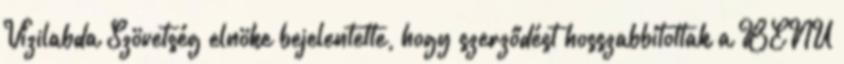
Vízilabda Szövetség elnöke bejelentette, hogy szerződést hosszabbítottak a BENU